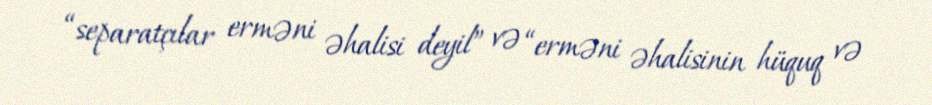
“separatçılar erməni əhalisi deyil” və “erməni əhalisinin hüquq və